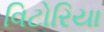
વિટોરિયા